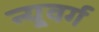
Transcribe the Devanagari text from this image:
न्यूवर्ग